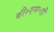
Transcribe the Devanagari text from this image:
बी॰एस॰सी